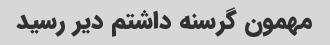
مهمون گرسنه داشتم دیر رسید